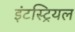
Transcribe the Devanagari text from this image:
इंटस्ट्रियल